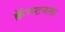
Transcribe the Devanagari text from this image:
क्रॅन्स्टनला